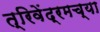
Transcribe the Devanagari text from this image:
त्रिवेंद्रमच्या